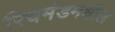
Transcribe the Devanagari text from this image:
रिचमंडमधील